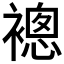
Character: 𧜢